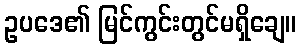
ဥပဒေ၏ မြင်ကွင်းတွင်မရှိချေ။